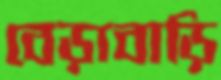
বেড়াবাড়ি